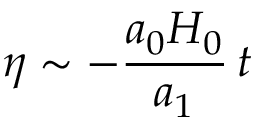
\eta \sim - \frac { a _ { 0 } H _ { 0 } } { a _ { 1 } } \, t